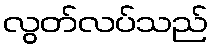
လွတ်လပ်သည်